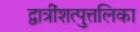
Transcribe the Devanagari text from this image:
द्वात्रींशत्पुत्तलिका